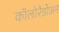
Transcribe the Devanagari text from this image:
कॉलोरैडोअन